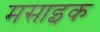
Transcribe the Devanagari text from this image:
मसाइक